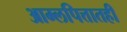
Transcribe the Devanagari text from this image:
आम्लपित्तातही